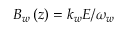
B _ { w } \left( z \right) = k _ { w } E / \omega _ { w }